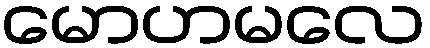
မောဟမလေ